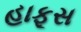
હાફૂસ